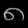
Digit: ၈